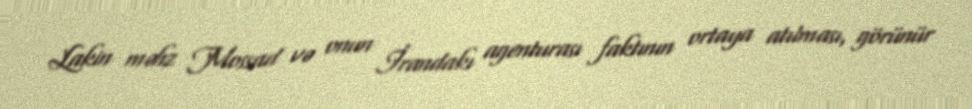
Lakin məhz Mossad və onun İrandakı agenturası faktının ortaya atılması, görünür